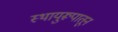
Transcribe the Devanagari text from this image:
स्थायुरूपातून